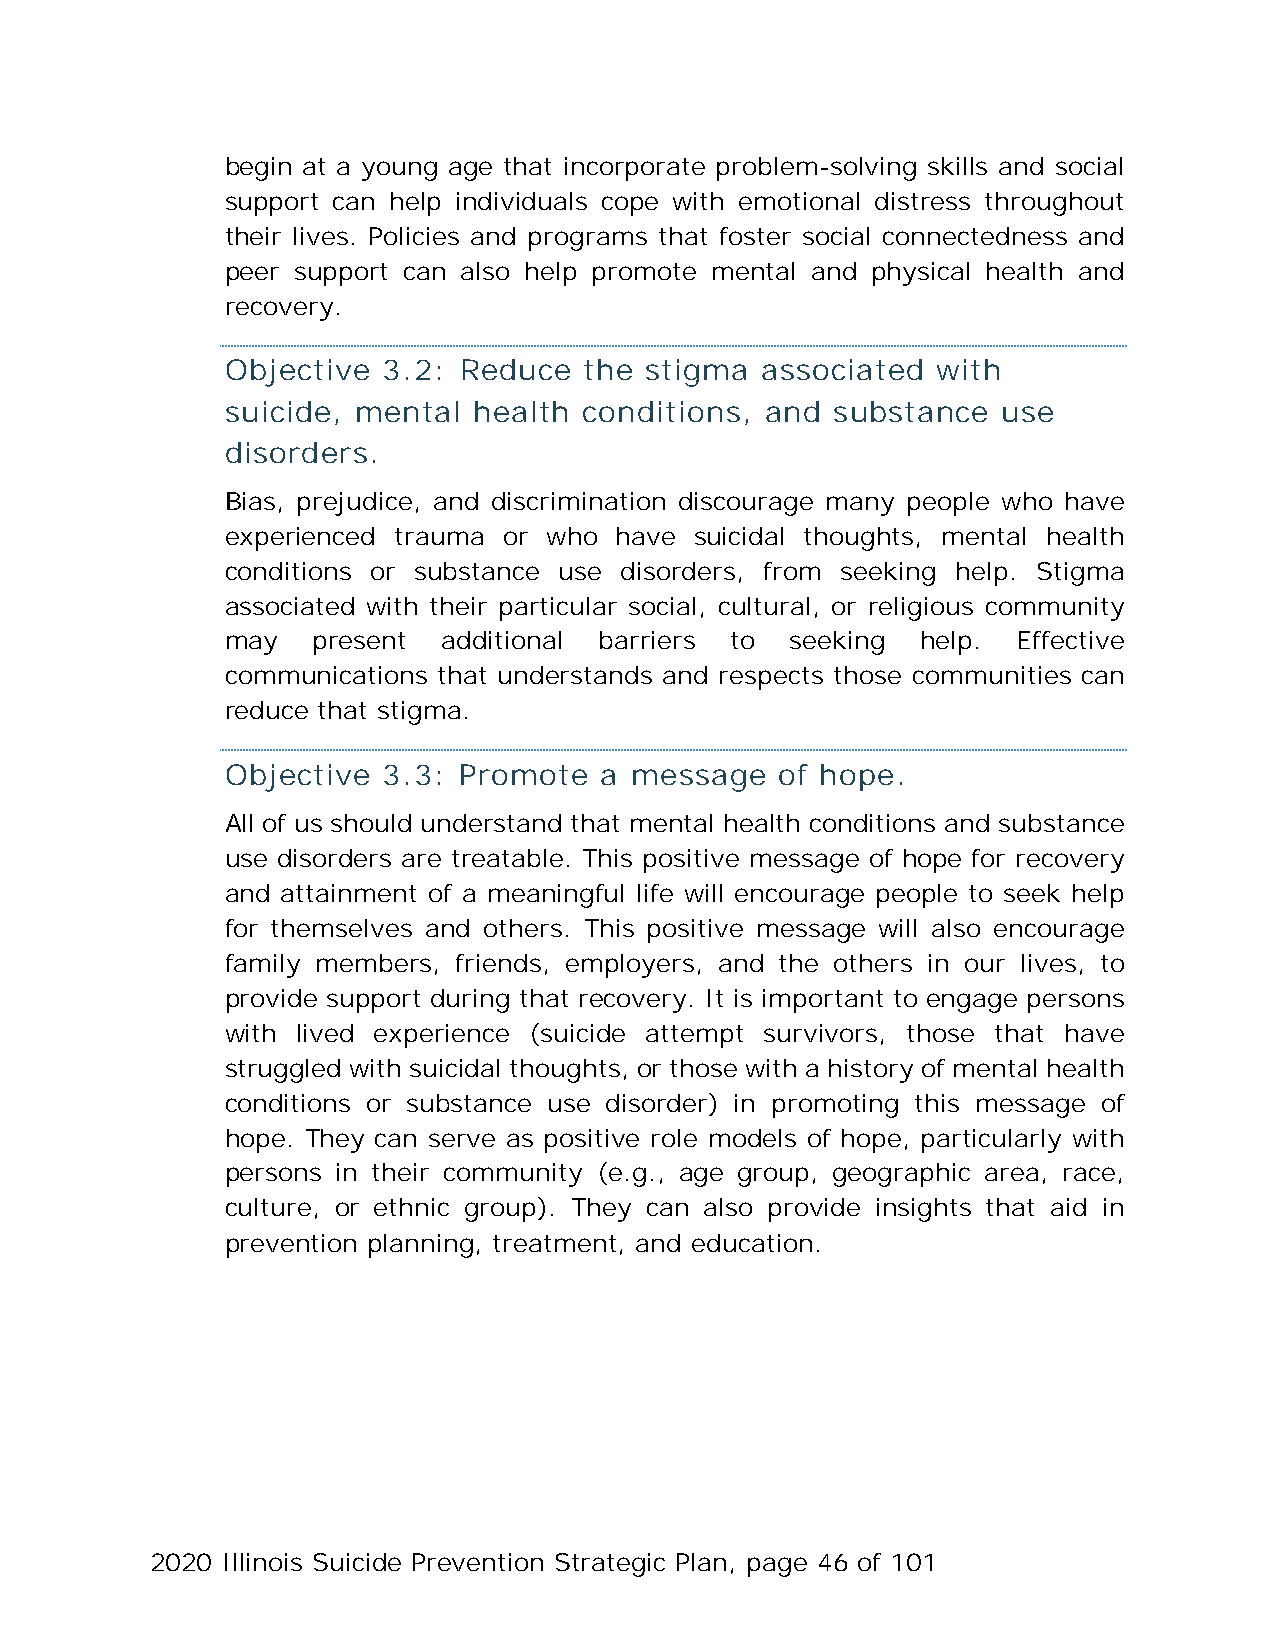
begin at a young age that incorporate problem-solving skills and social
 support can help individuals cope with emotional distress throughout
 their lives. Policies and programs that foster social connectedness and
 peer support can also help promote mental and physical health and
 recovery.
 Objective 3.2: Reduce   the stigma associated  with
 suicide, mental health  conditions, and substance  use
 disorders.
 Bias, prejudice, and discrimination discourage many people who have
 experienced trauma or who have suicidal thoughts, mental health
 conditions or substance use disorders, from seeking help. Stigma
 associated with their particular social, cultural, or religious community
 may   present additional barriers to seeking  help. Effective
 communications that understands and respects those communities can
 reduce that stigma.
 Objective 3.3: Promote   a message   of hope.
 All of us should understand that mental health conditions and substance
 use disorders are treatable. This positive message of hope for recovery
 and attainment of a meaningful life will encourage people to seek help
 for themselves and others. This positive message will also encourage
 family members, friends, employers, and the others in our lives, to
 provide support during that recovery. It is important to engage persons
 with lived experience (suicide attempt survivors, those that have
 struggled with suicidal thoughts, or those with a history of mental health
 conditions or substance use disorder) in promoting this message of
 hope. They can serve as positive role models of hope, particularly with
 persons in their community (e.g., age group, geographic area, race,
 culture, or ethnic group). They can also provide insights that aid in
 prevention planning, treatment, and education.
 2020 Illinois Suicide Prevention Strategic Plan, page 46 of 101